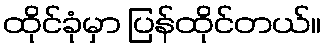
ထိုင်ခုံမှာ ပြန်ထိုင်တယ်။